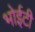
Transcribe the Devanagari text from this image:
भोईटी